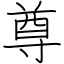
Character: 尊